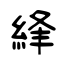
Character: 綘